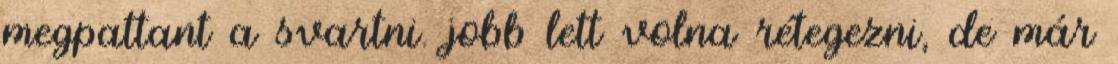
megpattant a svartni. jobb lett volna rétegezni, de már